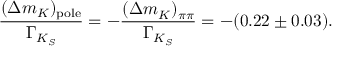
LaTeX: { \frac { ( \Delta m _ { K } ) _ { \mathrm { p o l e } } } { \Gamma _ { K _ { S } } } } = - { \frac { ( \Delta m _ { K } ) _ { \pi \pi } } { \Gamma _ { K _ { S } } } } = - ( 0 . 2 2 \pm 0 . 0 3 ) .